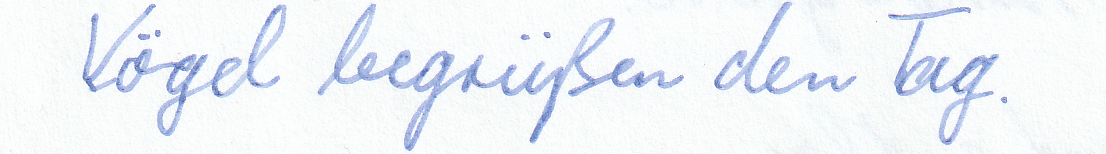
Vögel begrüßen den Tag.